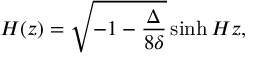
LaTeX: { \cal H } ( z ) = \sqrt { - 1 - \frac { \Delta } { 8 \delta } } \sinh { H z } ,